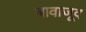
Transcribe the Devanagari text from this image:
बावाजूद